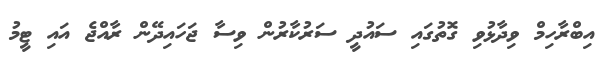
އިބްރާހިމް ވިދާޅުވި ގޮތުގައި ސައުދީ ސަރުކާރުން ވިސާ ޖަހައިދޭން ރާއްޖެ އައި ޓީމު